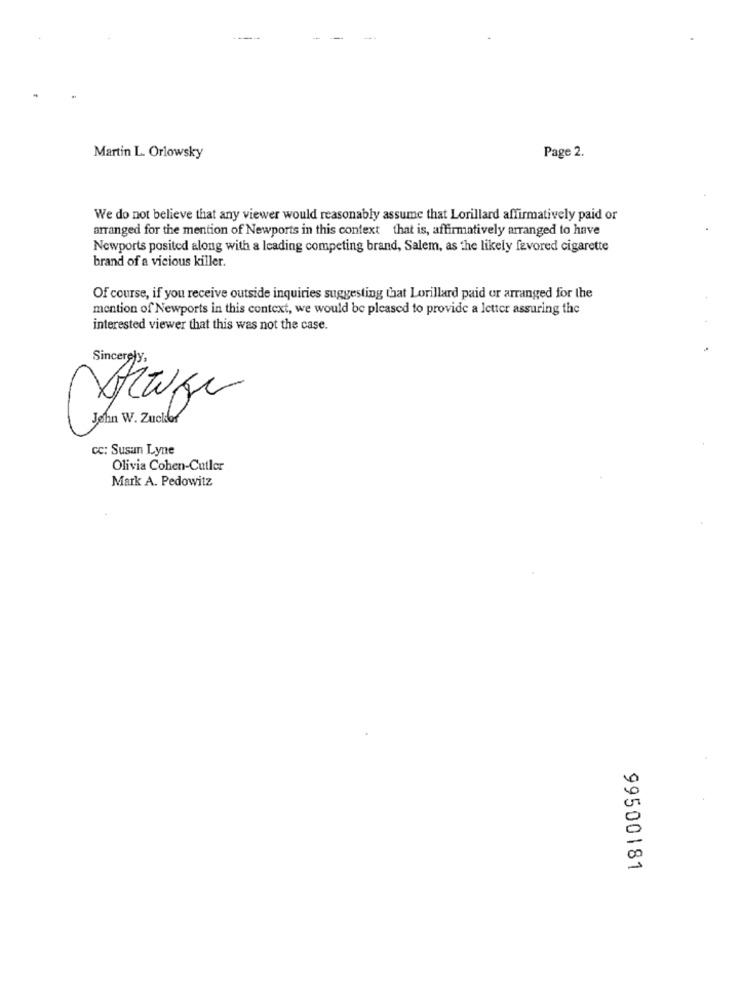
Page 2.
Martin L. Orlowsky
We do not believe that any viewer would reasonably assume that Lorillard affirmatively paid or
arranged for the mention of Newports in this context that is, affirmatively arranged to have
Newports posited along with a leading competing brand, Salem, as the likely favored cigarette
brand of a vicious killer.
Of course, if you receive outside inquiries suggesting that Lorillard paid or arranged for the
mention of Newports in this context, we would be pleased to provide a letter assuring the
interested viewer that this was not the case.
Sincerely,
John W. Zuckor
CC: Susan Lyne
Olivia Cohen-Cutler
Mark A. Pedowitz
99500181